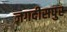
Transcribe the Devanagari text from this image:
जगदीसपुर